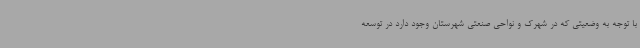
با توجه به وضعیتی که در شهرک و نواحی صنعتی شهرستان وجود دارد در توسعه